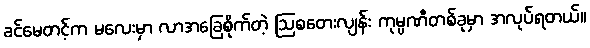
ခင်မေတင့်က မလေးမှာ လာအခြေစိုက်တဲ့ ဩစတေးလျန်း ကုမ္ပဏီတစ်ခုမှာ အလုပ်ရတယ်။